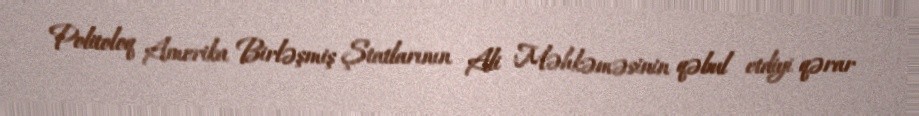
Politoloq Amerika Birləşmiş Ştatlarının Ali Məhkəməsinin qəbul etdiyi qərar